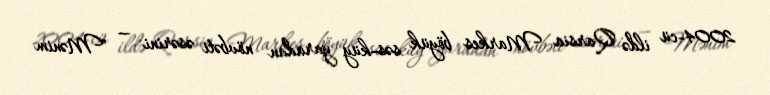
2004-cü ildə Qarsia Markes böyük səs-küy yaradan növbəti əsərini — "Mənim